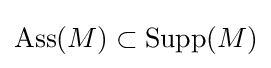
\operatorname {Ass} (M)\subset \operatorname {Supp} (M)